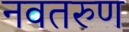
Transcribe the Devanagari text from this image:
नवतरुण